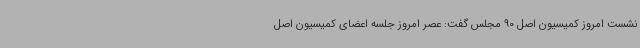
نشست امروز کمیسیون اصل 90 مجلس گفت: عصر امروز جلسه اعضای کمیسیون اصل